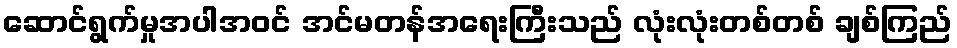
ဆောင်ရွက်မှုအပါအဝင် အင်မတန်အရေးကြီးသည် လုံးလုံးတစ်တစ် ချစ်ကြည်